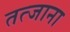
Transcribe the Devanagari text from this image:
तत्जाना